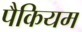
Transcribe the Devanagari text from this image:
पैकियम